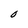
Character: O